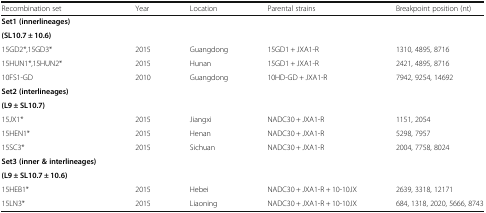
<table><thead><tr><td><b>Recombination set</b></td><td><b>Year</b></td><td><b>Location</b></td><td><b>Parental strains</b></td><td><b>Breakpoint position (nt)</b></td></tr></thead><tbody><tr><td><b>Set1 (</b><b>innerlineages</b><b>)</b></td><td></td><td></td><td></td><td></td></tr><tr><td><b>(</b><b>SL10.7</b> <b>±</b> <b>10.6</b><b>)</b></td><td></td><td></td><td></td><td></td></tr><tr><td>15GD2*,15GD3*</td><td>2015</td><td>Guangdong</td><td>15GD1 + JXA1-R</td><td>1310, 4895, 8716</td></tr><tr><td>15HUN1*,15HUN2*</td><td>2015</td><td>Hunan</td><td>15GD1 + JXA1-R</td><td>2421, 4895, 8716</td></tr><tr><td>10FS1-GD</td><td>2010</td><td>Guangdong</td><td>10HD-GD + JXA1-R</td><td>7942, 9254, 14692</td></tr><tr><td><b>Set2 (</b><b>interlineages</b><b>)</b></td><td></td><td></td><td></td><td></td></tr><tr><td><b>(</b><b>L9</b> <b>±</b> <b>SL10.7</b><b>)</b></td><td></td><td></td><td></td><td></td></tr><tr><td>15JX1*</td><td>2015</td><td>Jiangxi</td><td>NADC30 + JXA1-R</td><td>1151, 2054</td></tr><tr><td>15HEN1*</td><td>2015</td><td>Henan</td><td>NADC30 + JXA1-R</td><td>5298, 7957</td></tr><tr><td>15SC3*</td><td>2015</td><td>Sichuan</td><td>NADC30 + JXA1-R</td><td>2004, 7758, 8024</td></tr><tr><td><b>Set3 (</b><b>inner &amp; interlineages</b><b>)</b></td><td></td><td></td><td></td><td></td></tr><tr><td><b>(</b><b>L9</b> <b>±</b> <b>SL10.7</b> <b>±</b> <b>10.6</b><b>)</b></td><td></td><td></td><td></td><td></td></tr><tr><td>15HEB1*</td><td>2015</td><td>Hebei</td><td>NADC30 + JXA1-R + 10-10JX</td><td>2639, 3318, 12171</td></tr><tr><td>15LN3*</td><td>2015</td><td>Liaoning</td><td>NADC30 + JXA1-R + 10-10JX</td><td>684, 1318, 2020, 5666, 8743</td></tr></tbody></table>